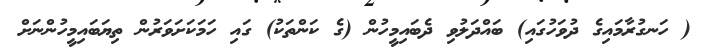
( ހަނގުރާމައިގެ ދުވަހުގައި) ބައްދަލުވި ދެބައިމީހުން (ގެ ކަންތަކު) ގައި ހަމަކަށަވަރުން ތިޔަބަައިމީހުންނަށް